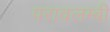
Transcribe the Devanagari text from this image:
परावलम्बी